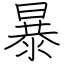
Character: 暴